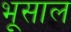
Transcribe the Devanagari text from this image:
भूसाल